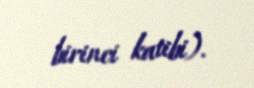
birinci katibi).